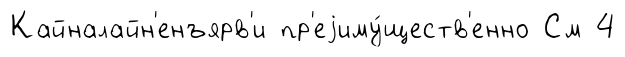
Кайналайн'енъярв'и пр'еjиму́ществ'енно См 4